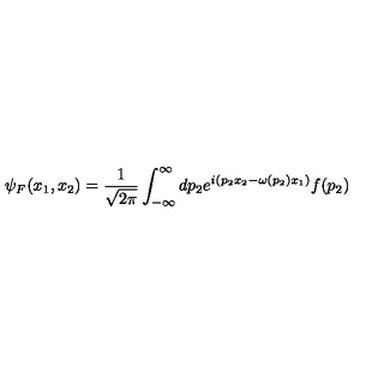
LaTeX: \psi _ { F } ( x _ { 1 } , x _ { 2 } ) = \frac { 1 } { \sqrt { 2 \pi } } \int _ { - \infty } ^ { \infty } d p _ { 2 } e ^ { i ( p _ { 2 } x _ { 2 } - \omega ( p _ { 2 } ) x _ { 1 } ) } f ( p _ { 2 } )